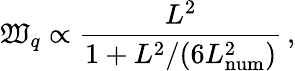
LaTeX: \mathfrak{W}_{q}\propto\frac{{L^{2}}}{{1+L^{2}/(6L_{\mathrm{{num}}}^{2})}}\, ,